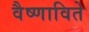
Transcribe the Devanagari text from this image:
वैष्णाविते